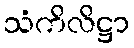
သံကိလိဋ္ဌာ